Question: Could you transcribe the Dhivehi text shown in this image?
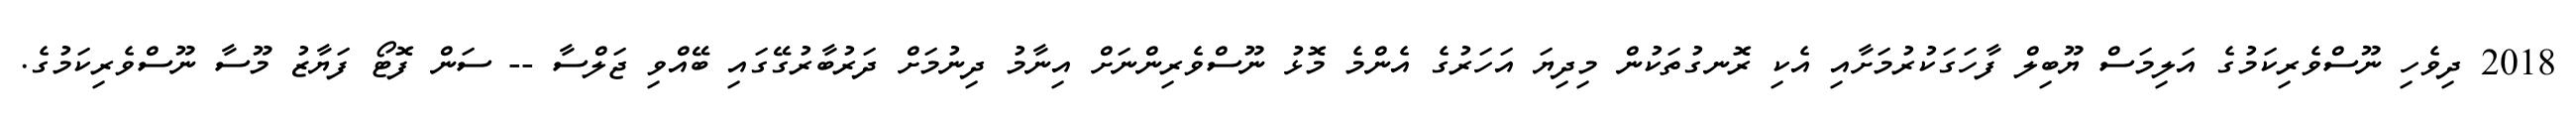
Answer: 2018 ދިވެހި ނޫސްވެރިކަމުގެ އަލިމަސް ޔޫބިލް ފާހަގަކުރުމަށާއި އެކި ރޮނގުތަކުން މިދިޔަ އަހަރުގެ އެންމެ މޮޅު ނޫސްވެރިންނަށް އިނާމު ދިނުމަށް ދަރުބާރުގޭގައި ބޭއްވި ޖަލްސާ -- ސަން ފޮޓޯ ފަޔާޒު މޫސާ ނޫސްވެރިކަމުގެ.